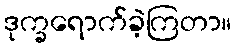
ဒုက္ခရောက်ခဲ့ကြတာ။